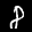
Label: 8